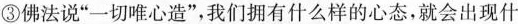
③佛法说“一切唯心造”，我们拥有什么样的心态，就会出现什